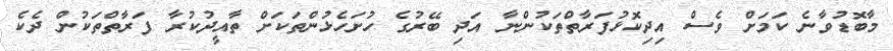
މާބޮޑުވާނެ ކަމަށް ވެސް އިދިކޮޅުފަރާތްތަކުންނާ އަދި ބޭރުގެ ހުށަހެޅުންތަކަށް ތާއީދުކުރާ ފަރާތްތަކުން ދެކެ